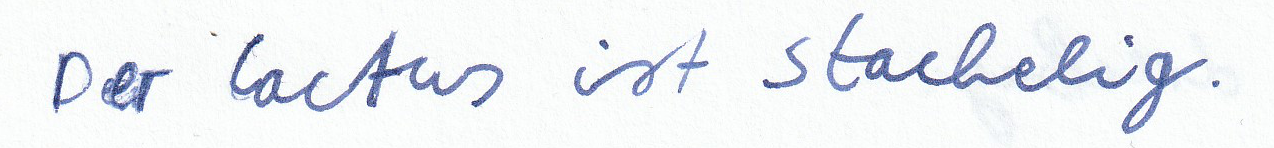
Der Cactus ist stachelig.